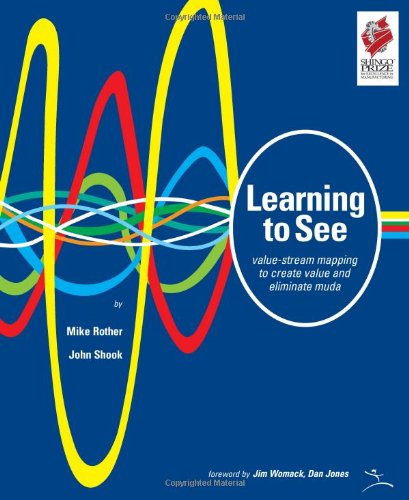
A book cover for Learning to See: Value Stream Mapping to Add Value and Eliminate MUDA; Mike Rother; Business & Money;